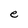
Character: e